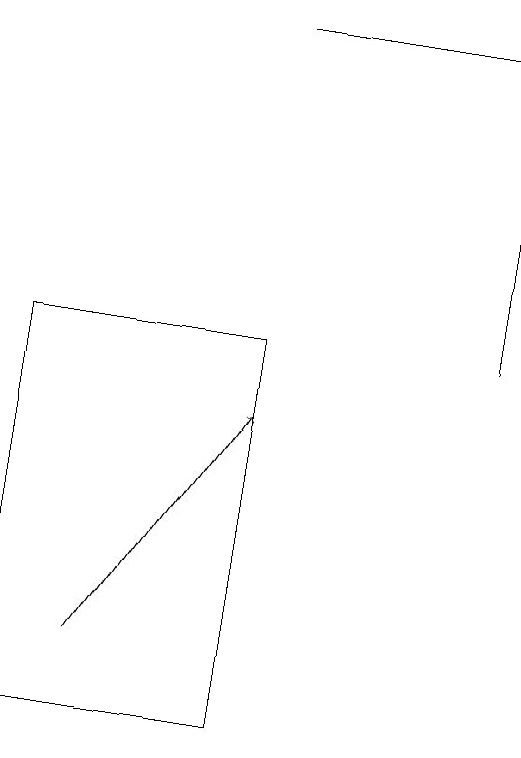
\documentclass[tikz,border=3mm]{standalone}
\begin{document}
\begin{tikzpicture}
\draw[->] (7,15) -- (7,18);
\draw[->] (2,11) -- (4,14);
\draw[->] (4,19) -- (7,19);
\draw (1,10) rectangle (4,15);
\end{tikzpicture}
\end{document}